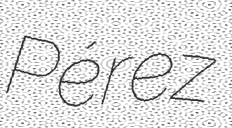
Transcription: Pérez